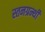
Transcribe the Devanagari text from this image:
स्तनग्रन्थी